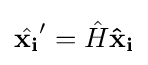
{\hat {\mathbf {x_{i}} }}'={\hat {H}}\mathbf {{\hat {x}}_{i}}